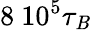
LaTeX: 8~10^{5}\tau_{\mathit{B}}